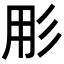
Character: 𭛓